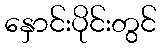
နှောင်းပိုင်းတွင်